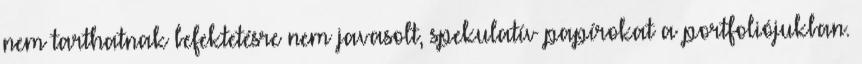
nem tarthatnak befektetésre nem javasolt, spekulatív papírokat a portfoliójukban.